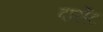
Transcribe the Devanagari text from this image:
दार्सेट